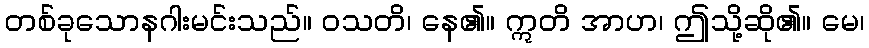
တစ်ခုသောနဂါးမင်းသည်။ ဝသတိ၊ နေ၏။ ဣတိ အာဟ၊ ဤသို့ဆို၏။ မေ၊